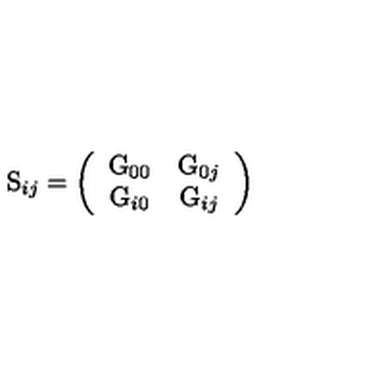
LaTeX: \mathrm { S } _ { i j } = \left( \begin{array} { c c } { \mathrm { G } _ { 0 0 } } & { \mathrm { G } _ { 0 j } } \\ { \mathrm { G } _ { i 0 } } & { \mathrm { G } _ { i j } } \\ \end{array} \right)